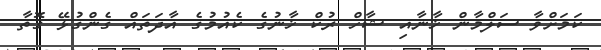
ކަމަށްވާ ސަލްމާން ޚާނާއި ޝާހް ރުކް ޚާނުގެ ކެއުމުގެ އާދަތައް ގެންގުޅޭ ގޮތާ